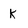
Character: K